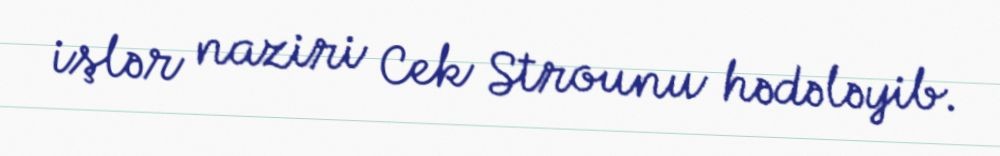
işlər naziri Cek Strounu hədələyib.